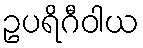
ဥပရိဂီဝါယ